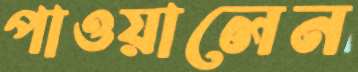
পাওয়ালেন